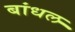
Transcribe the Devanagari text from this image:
बांधल